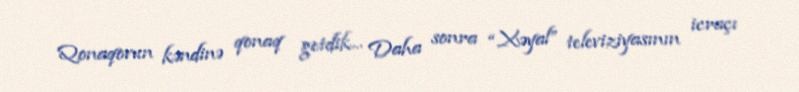
Qonaqovun kəndinə qonaq getdik... Daha sonra “Xəyal” televiziyasının icraçı